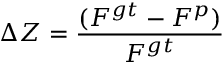
\Delta Z = \frac { ( F ^ { g t } - F ^ { p } ) } { F ^ { g t } }